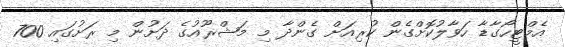
އެމްޓީހޯގާޑާ ހަވާލުކޮށްގެން ކުރިއަށް ގެންދާ މި މަޝްރޫއުގެ ދަށުން މި ރަށުގައި 700